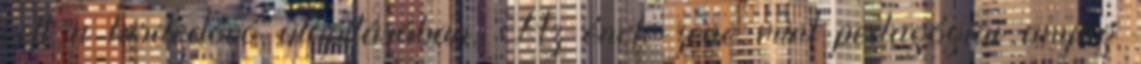
vett a kisdedóvó alapításában. Az ének-zene mint pedagógiai anyag